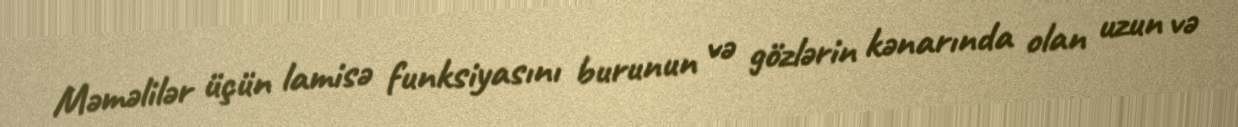
Məməlilər üçün lamisə funksiyasını burunun və gözlərin kənarında olan uzun və